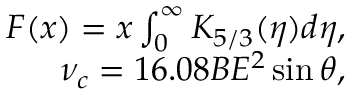
\begin{array} { r } { F ( x ) = x \int _ { 0 } ^ { \infty } K _ { 5 / 3 } ( \eta ) d \eta , } \\ { \nu _ { c } = 1 6 . 0 8 B E ^ { 2 } \sin \theta , } \end{array}